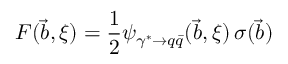
{ \cal F } ( \vec { b } , \xi ) = \frac { 1 } { 2 } \psi _ { \gamma ^ { * } \rightarrow q \bar { q } } ( \vec { b } , \xi ) \, \sigma ( \vec { b } )